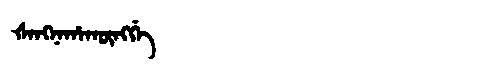
Manchu: ᡧᠠᠩᠨᠠᡥᠠᡴᡡᠩᡤᡝ
Romanization: ŠANGNAHAKŪNGGE